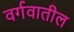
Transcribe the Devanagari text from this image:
वर्गवातील